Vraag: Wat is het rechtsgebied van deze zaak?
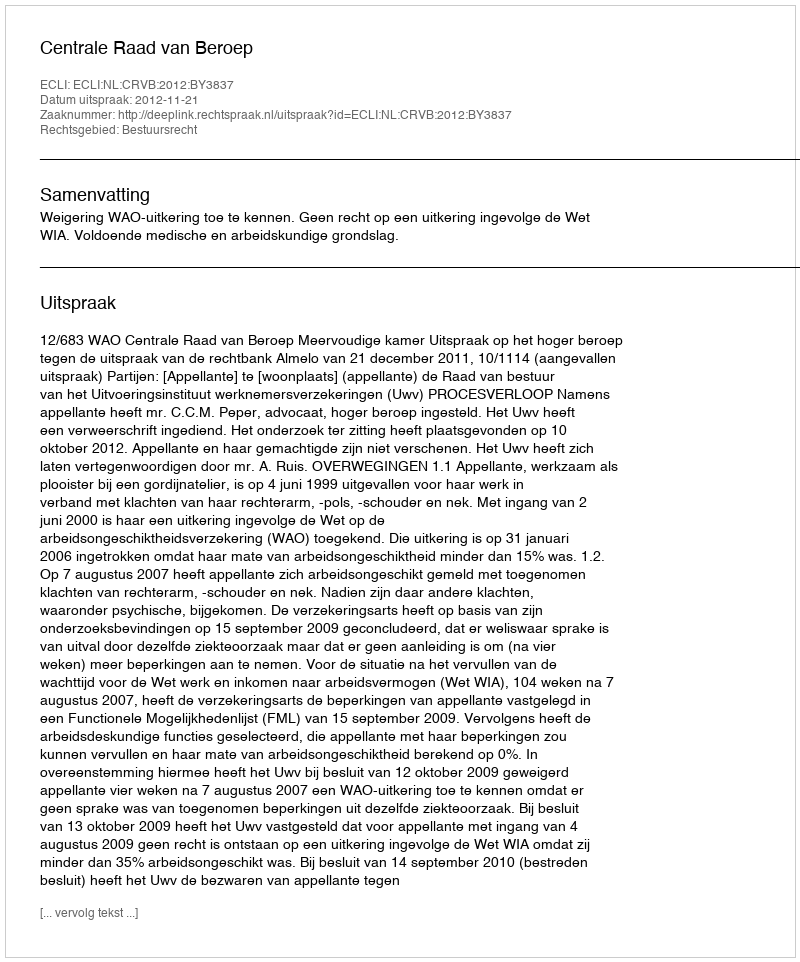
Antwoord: Bestuursrecht